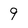
Character: 9